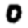
Digit: 0